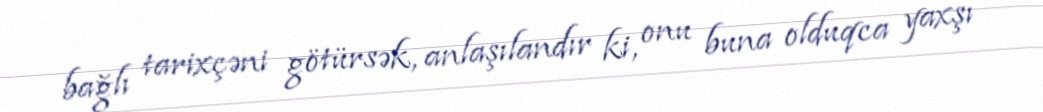
bağlı tarixçəni götürsək, anlaşılandır ki, onu buna olduqca yaxşı